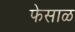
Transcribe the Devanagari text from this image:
फेसाळ